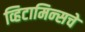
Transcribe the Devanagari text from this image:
व्हिटामिन्‍सचे